Etiology and epidemiology of plague
Disease focus: Plague
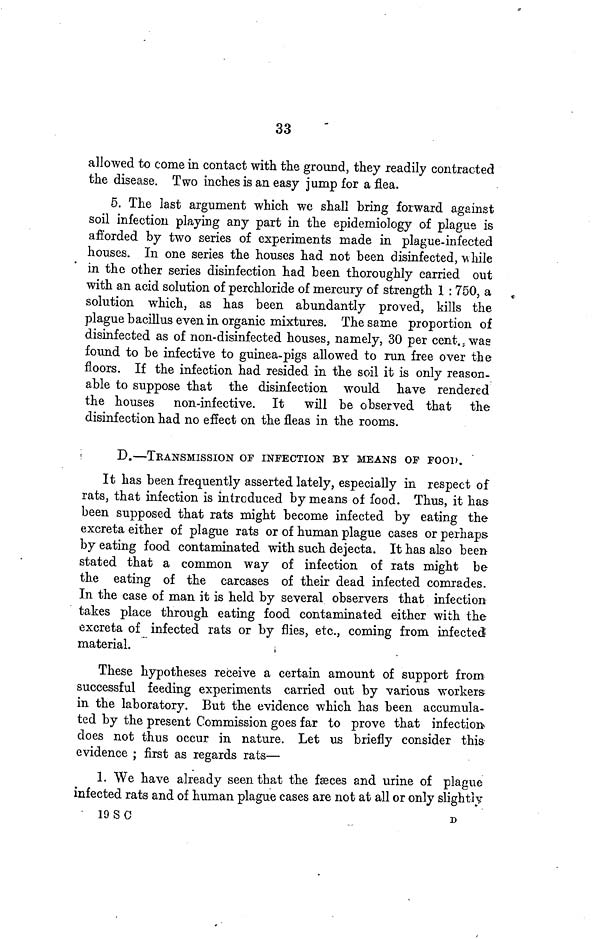
33
allowed to come in contact with the ground, they readily contracted
the disease. Two inches is an easy jump for a flea.
5. The last argument which we shall bring forward against
soil infection playing any part in the epidemiology of plague is
afforded by two series of experiments made in plague-infected
houses. In one series the houses had not been disinfected, while
in the other series disinfection had been thoroughly carried out
with an acid solution of perchloride of mercury of strength 1 : 750,
a
solution which, as has been abundantly proved, kills the
plague bacillus even in organic mixtures. The same proportion of
disinfected as of non-disinfected houses, namely, 30 per cent. was
found to be infective to guinea-pigs allowed to run free over the
floors. If the infection had resided in the soil it is only reason-
able to suppose that the disinfection would have rendered
the houses non-infective. It
will be observed that the
disinfection had no effect on the fleas in the rooms.
D.—TrANSMISSION Of INFECTION BY MEANS OP POOD.
It has been frequently asserted lately, especially in respect of
rats, that infection is introduced by means of food. Thus, it has
been supposed that rats might become infected by eating the
excreta either of plague rats or of human plague cases or perhaps
by eating food contaminated with such dejecta. It has also been
stated that a common way of infection of rats might be
the eating of the carcases of their dead infected comrades.
In the case of man it is held by several observers that infection
takes place through eating food contaminated either with the
excreta of infected rats or by flies, etc., coming from infected
material.
These hypotheses receive a certain amount of support from
successful feeding experiments carried out by various workers
in the laboratory. But the evidence which has been accumula-
ted by the present Commission goes far to prove that infection
does not thus occur in nature. Let us briefly consider this
evidence ; first as regards rats—
1. We have already seen that the fæces and urine of plague
infected rats and of human plague cases are not at all or only slightly
19 S
C